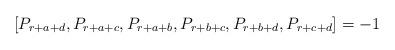
LaTeX: \begin{align*} [P_{r+a+d}, P_{r+a+c}, P_{r+a+b}, P_{r+b+c}, P_{r+b+d}, P_{r+c+d}] = -1\end{align*}